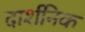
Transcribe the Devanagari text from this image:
दार्शनिक